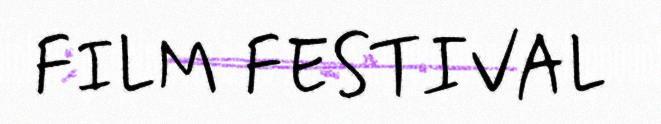
FILM FESTIVAL